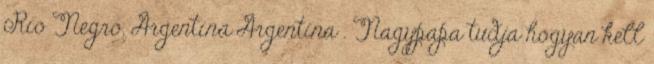
Río Negro, Argentína Argentina . Nagypapa tudja hogyan kell